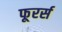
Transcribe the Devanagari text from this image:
फूरर्स